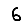
Digit: 6